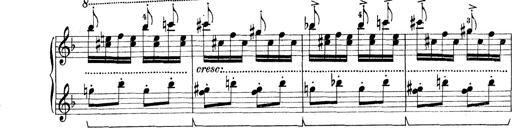
Title: Rapsodie: 19 ungheresi, 1 spagnuola
Composer: Franz Liszt